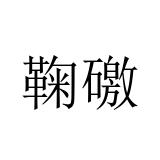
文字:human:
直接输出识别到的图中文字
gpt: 鞠礉